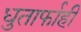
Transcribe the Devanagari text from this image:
धुतार्फाही